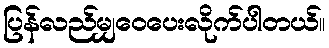
ပြန်လည်မျှဝေပေးလိုက်ပါတယ်။